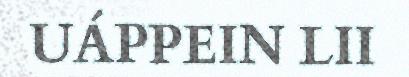
UÁPPEIN LII